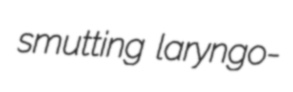
smutting laryngo-